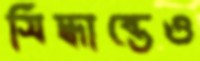
সিদ্ধান্তেও